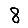
Digit: 8